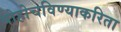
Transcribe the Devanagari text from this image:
पोहोचविण्याकरिता